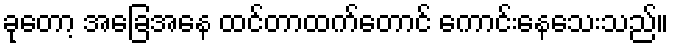
ခုတော့ အခြေအနေ ထင်တာထက်တောင် ကောင်းနေသေးသည်။